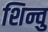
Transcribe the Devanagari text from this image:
शिन्वु